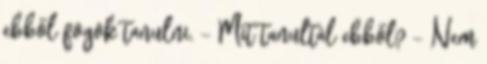
ebből fogok tanulni. - Mit tanultál ebből? - Nem